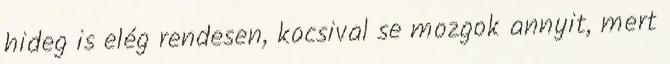
hideg is elég rendesen, kocsival se mozgok annyit, mert